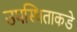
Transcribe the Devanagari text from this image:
उपस्थिताकडे